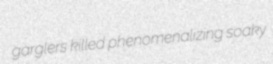
garglers killed phenomenalizing soaky